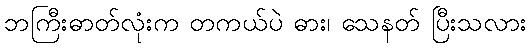
ဘကြီးဓာတ်လုံးက တကယ်ပဲ ဓား၊ သေနတ် ပြီးသလား